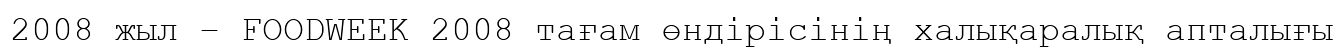
2008 жыл – FOODWEEK 2008 тағам өндірісінің халықаралық апталығы